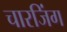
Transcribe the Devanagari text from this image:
चारजिंग